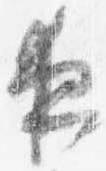
夜